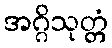
အဂ္ဂိသုတ္တံ